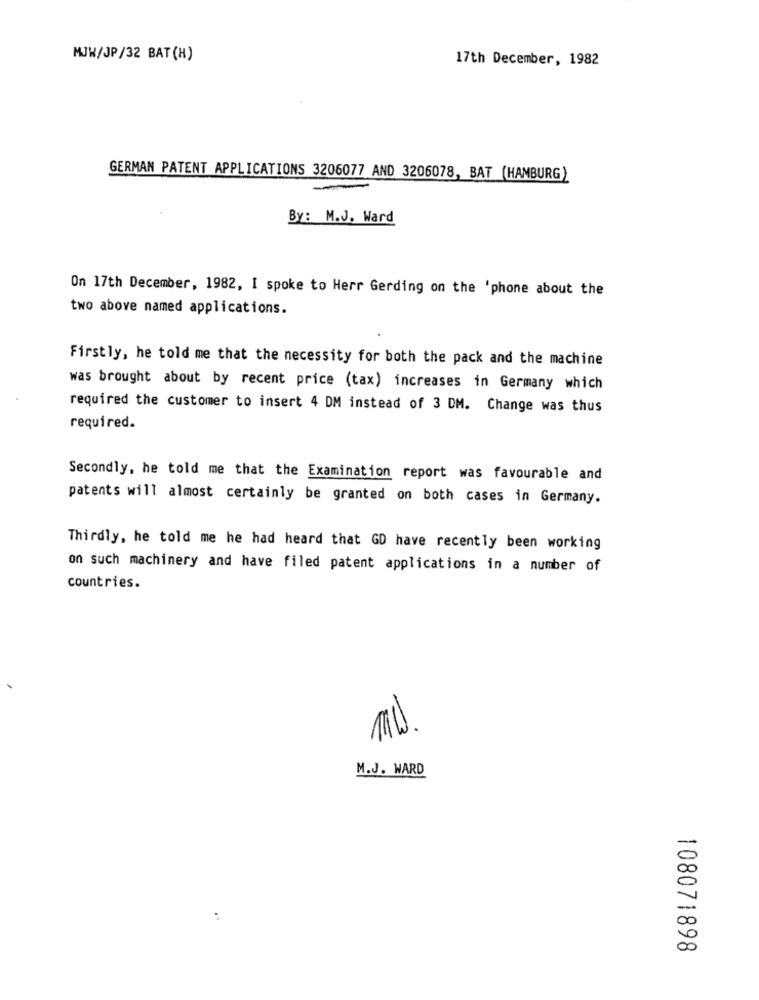
MJW/JP/32 BAT (H)
17th December, 1982
GERMAN PATENT APPLICATIONS 3206077 AND 3206078, BAT (HAMBURG)
By: M.J. Ward
On 17th December, 1982, I spoke to Herr Gerding on the 'phone about the
two above named applications.
Firstly, he told me that the necessity for both the pack and the machine
was brought about by recent price (tax) increases in Germany which
required the customer to insert 4 DM instead of 3 DM. Change was thus
required.
Secondly, he told me that the Examination report was favourable and
patents will almost certainly be granted on both cases in Germany.
Thirdly, he told me he had heard that GD have recently been working
on such machinery and have filed patent applications in a number of
countries.
M.J. WARD
108071898